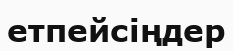
етпейсіңдер